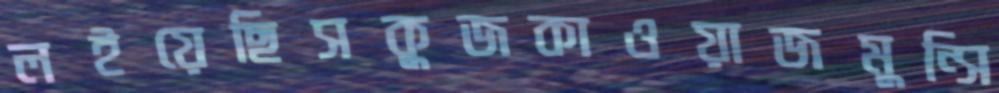
লইয়েছিসকুজকাওয়াজমুন্সি